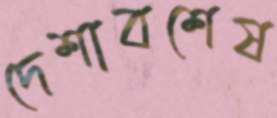
দেশাবশেষ